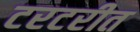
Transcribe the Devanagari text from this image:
टरटरीत